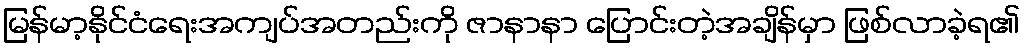
မြန်မာ့နိုင်ငံရေးအကျပ်အတည်းကို ဇာနာနာ ပြောင်းတဲ့အချိန်မှာ ဖြစ်လာခဲ့ရ၏